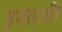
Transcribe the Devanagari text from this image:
इमारती।